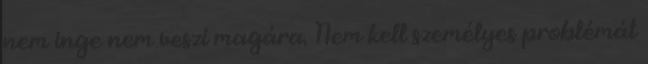
nem inge nem veszi magára. Nem kell személyes problémát